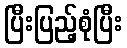
ပြီးပြည့်စုံပြီး